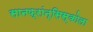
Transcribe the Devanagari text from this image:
सानफ्रांन्सिस्कोला